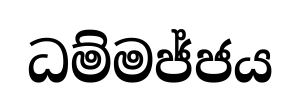
ධම්මජ්ජය